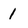
Character: 1